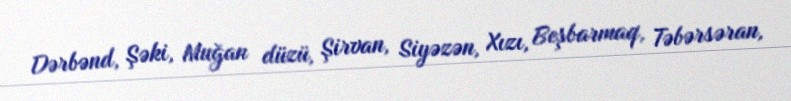
Dərbənd, Şəki, Muğan düzü, Şirvan, Siyəzən, Xızı, Beşbarmaq, Təbərsəran,